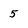
Character: 5